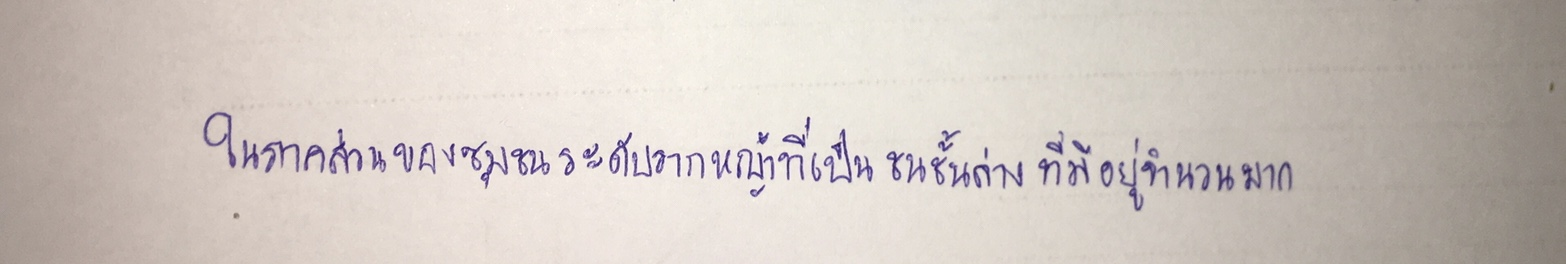
ในภาคส่วนของชุมชนระดับรากหญ้าที่เป็นชนชั้นล่างที่มีอยู่จำนวนมาก